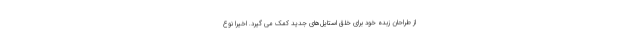
از طراحان زبده خود برای خلق استایل‌های جدید کمک می گیرد. اخیرا نوع